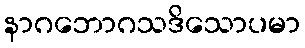
နာဂဘောဂသဒိသောပမာ